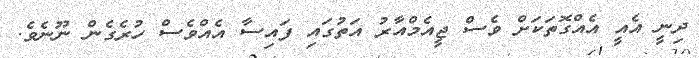
ދިނީ އެއީ އެއްގޮތަކަށް ވެސް ޖީއެމްއާރު އަތުގައި ފައިސާ އެއްވެސް ހުރެގެން ނޫނެވެ.